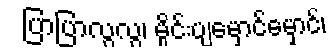
ပြာပြာလွလွ၊ မှိုင်းပျမှောင်မှောင်၊